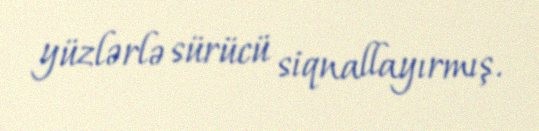
yüzlərlə sürücü siqnallayırmış.